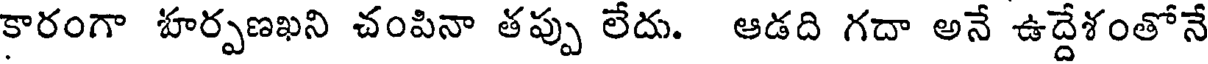
కారంగా హర్పణఖని చంపినా తప్పు లేదు. ఆడది గదా అనే ఉద్దేశంతోనే